Leningradi_Edasi_toimetus, lk 140
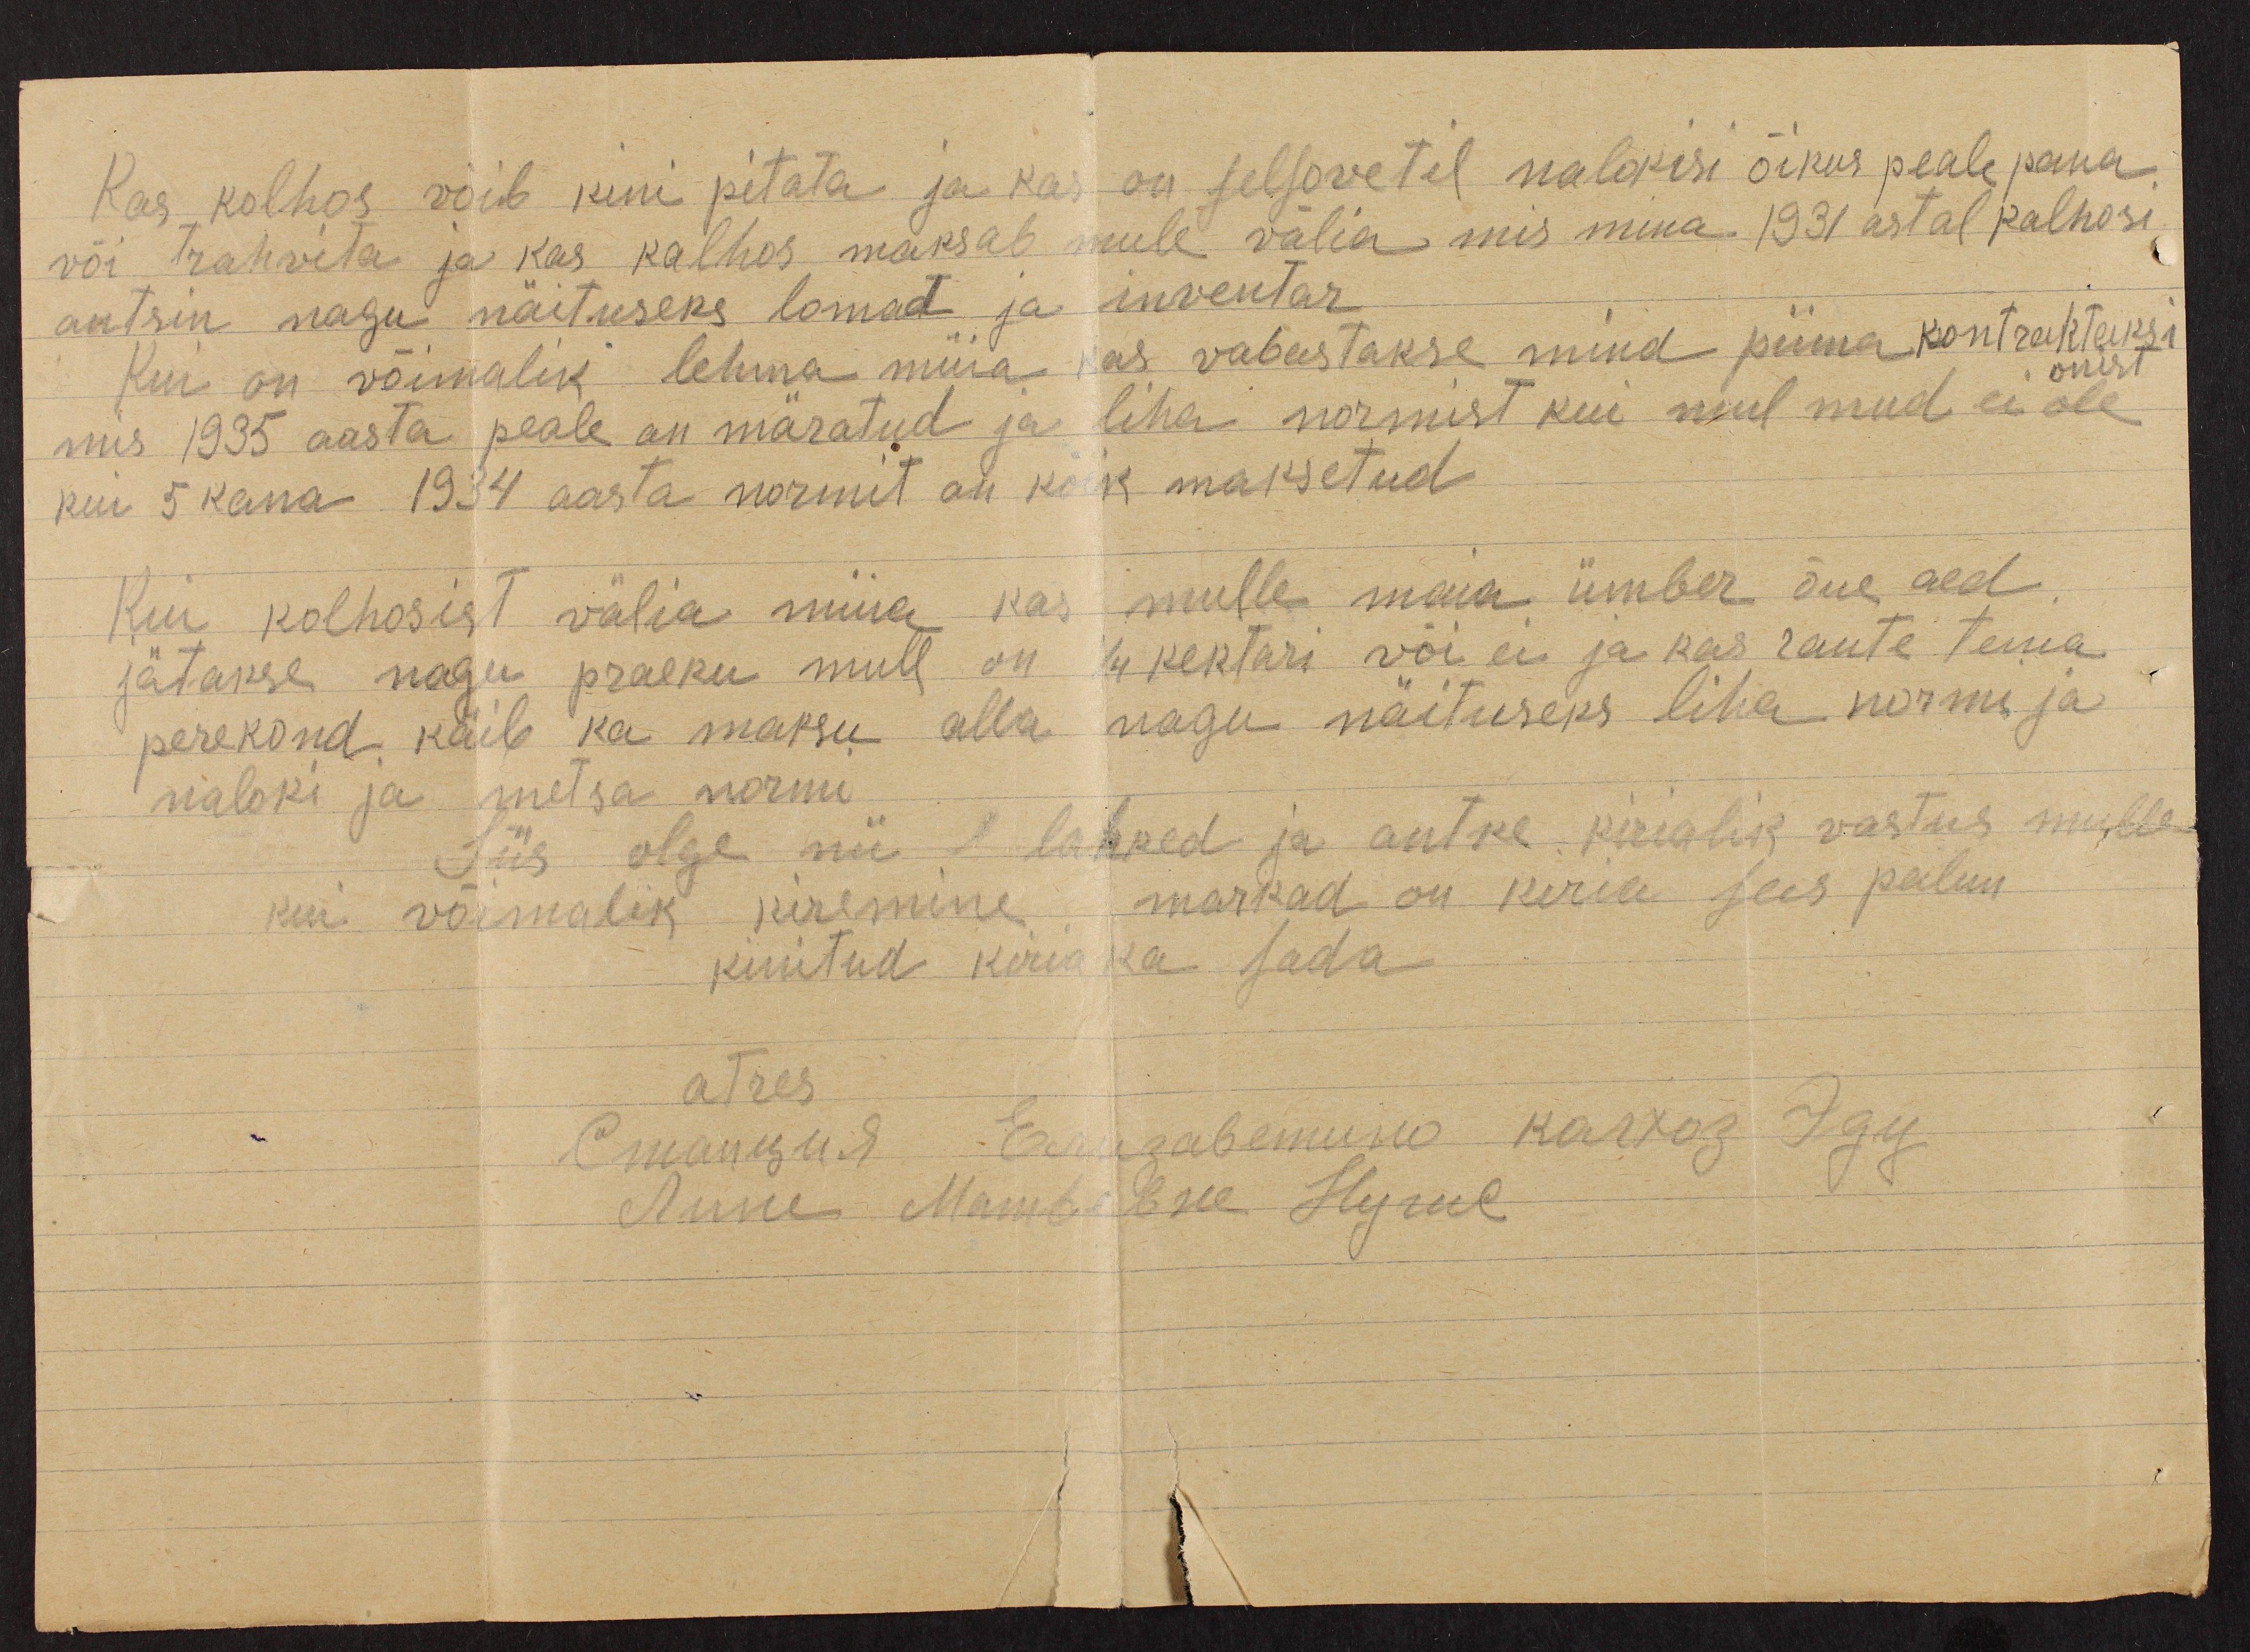
Kas kolhos võib kini pitata ja kas on selsovetil nalokisi õikus peale pana
või trahvita ja kas kalhos maksab mule välia mis mina 1931 astal kalhosi
antsin nagu näituseks lomad ja inventar
Kui on võimalik lehma müüa kas vabustakse mind piima kontraktaksi
onist
mis 1935 aasta peale on märatud ja liha normist kui mul mud ei ole
kui 5 kana 1934 aasta normit on kõik maksetud
Kui kolhosist välia müia kas mulle maia ümber õue aed
jätakse nagu praegu mull on 1/4 hektari või ei ja kas raute tema
perekond käib ka maksu alla nagu näituseks liha normi ja
naloki ja metsa normi
Siis olge nii lahked ja antke kirialik vastus mulle
kui võimalik kiremine markad on kiria sees palun
kinitud kiria ka sada
atres